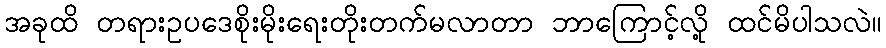
အခုထိ တရားဥပဒေစိုးမိုးရေးတိုးတက်မလာတာ ဘာကြောင့်လို့ ထင်မိပါသလဲ။